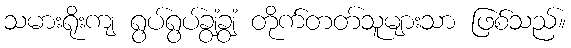
သမားရိုးကျ ရွပ်ရွပ်ချွံချွံ တိုက်တတ်သူများသာ ဖြစ်သည်။